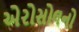
એરોસોલનો